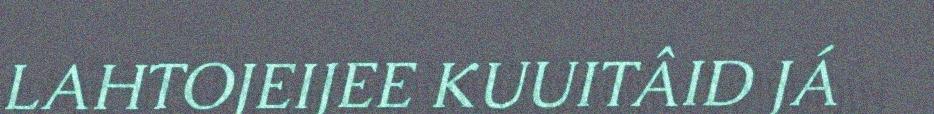
LAHTOJEIJEE KUUITÂID JÁ